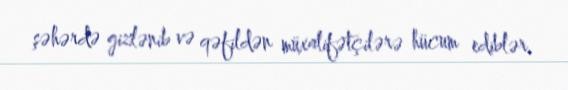
şəhərdə gizlənib və qəfildən müxalifətçilərə hücum ediblər.